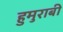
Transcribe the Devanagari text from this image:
हुमुराबी